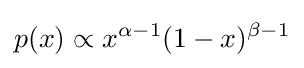
p(x)\propto x^{\alpha -1}(1-x)^{\beta -1}